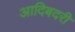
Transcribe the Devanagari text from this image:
आदिबदरी